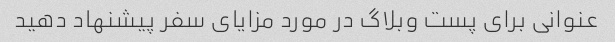
عنوانی برای پست وبلاگ در مورد مزایای سفر پیشنهاد دهید